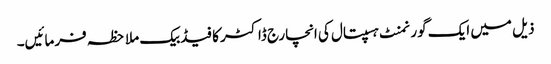
ذیل میں ایک گورنمنٹ ہسپتال کی انچارج ڈاکٹر کا فیڈبیک ملاحظہ فرمائیں۔